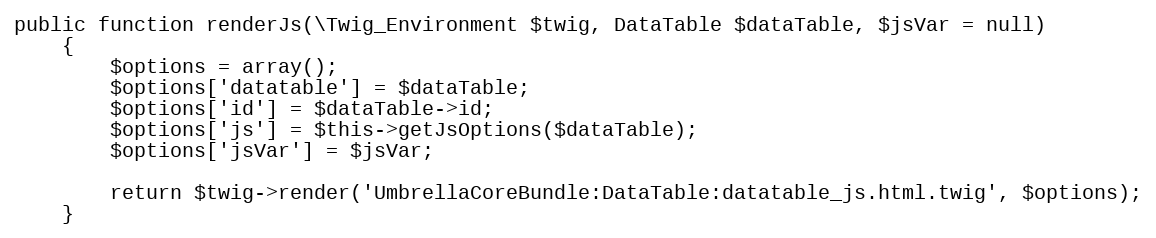
Language: PHP
public function renderJs(\Twig_Environment $twig, DataTable $dataTable, $jsVar = null)
    {
        $options = array();
        $options['datatable'] = $dataTable;
        $options['id'] = $dataTable->id;
        $options['js'] = $this->getJsOptions($dataTable);
        $options['jsVar'] = $jsVar;

        return $twig->render('UmbrellaCoreBundle:DataTable:datatable_js.html.twig', $options);
    }